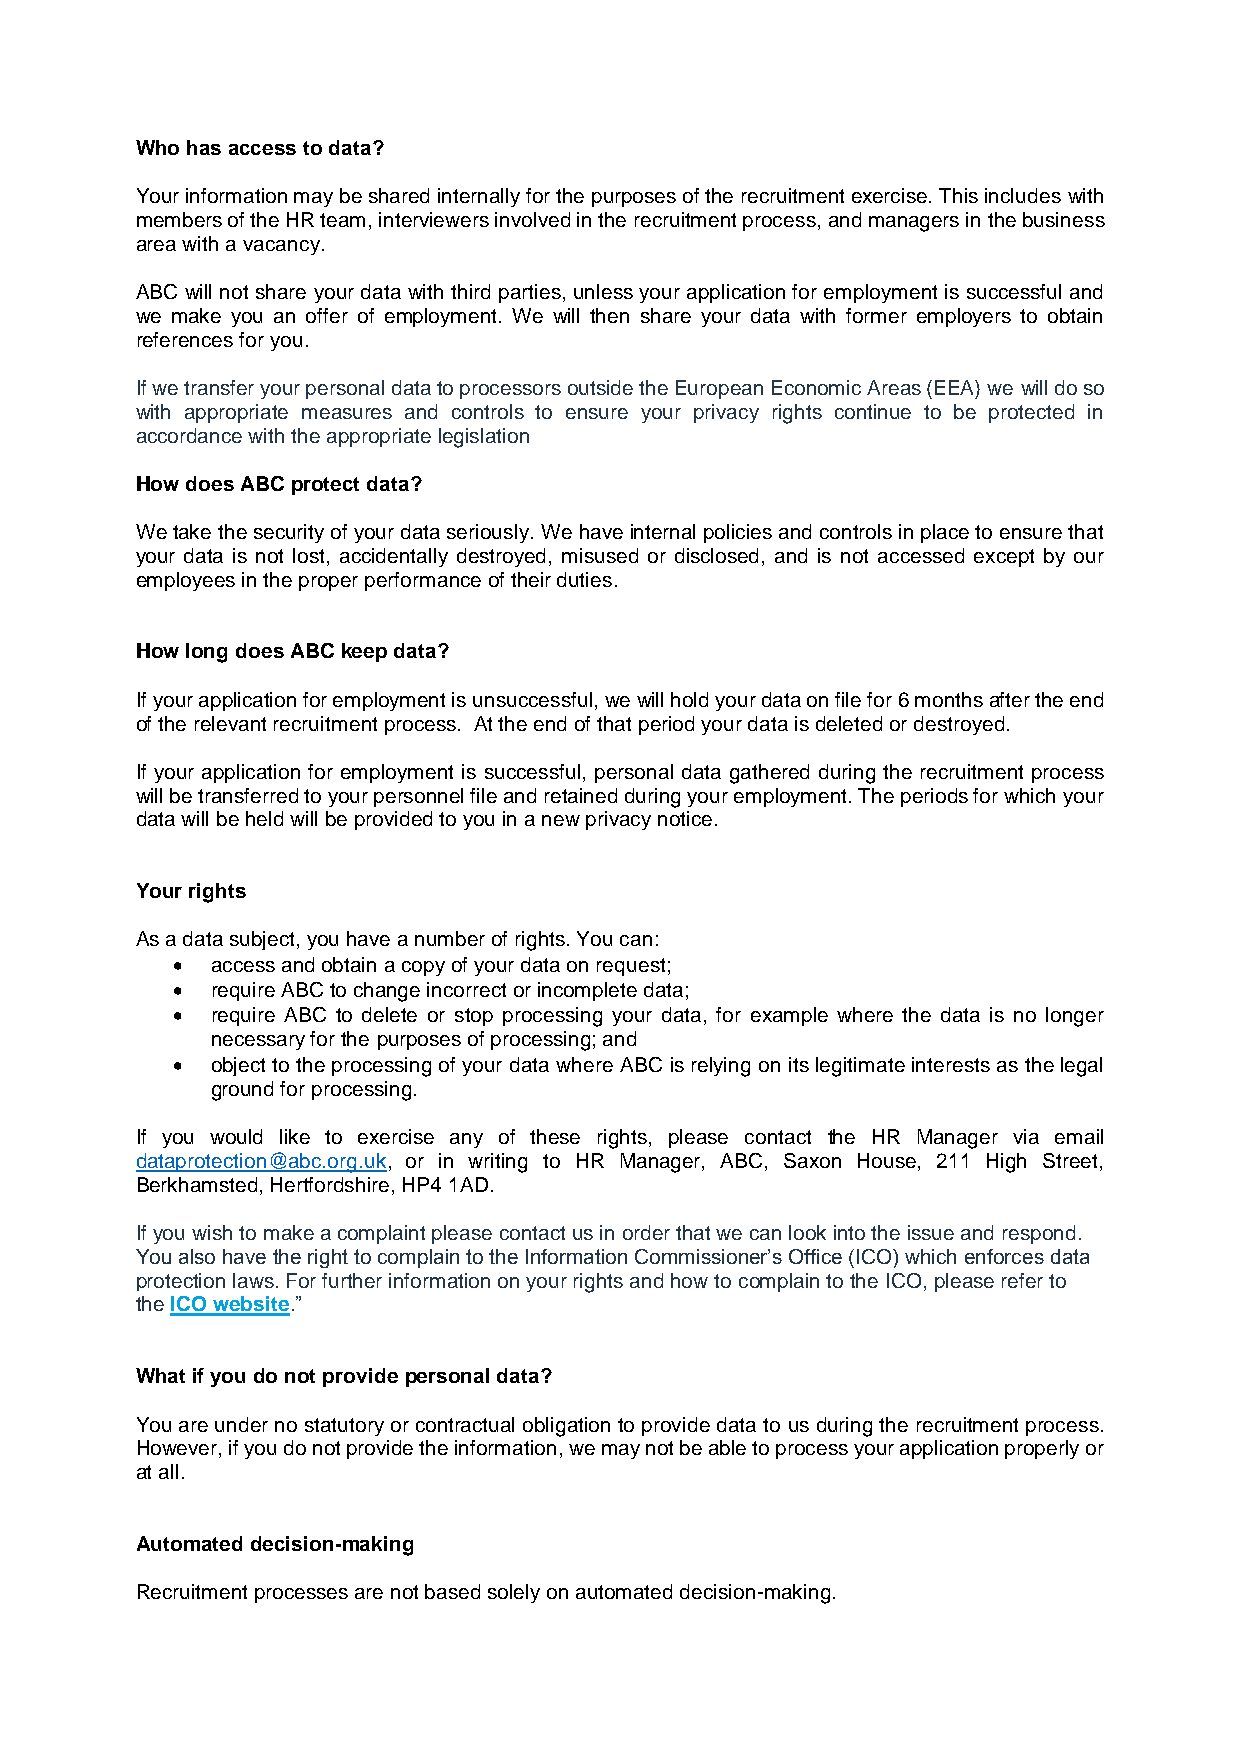
Who has access to data?
 Your information may be shared internally for the purposes of the recruitment exercise. This includes with
 members of the HR team, interviewers involved in the recruitment process, and managers in the business
 area with a vacancy.
 ABC will not share your data with third parties, unless your application for employment is successful and
 we make you an offer of employment. We will then share your data with former employers to obtain
 references for you.
 If we transfer your personal data to processors outside the European Economic Areas (EEA) we will do so
 with appropriate measures and controls to ensure your privacy rights continue to be protected in
 accordance with the appropriate legislation
 How does ABC protect data?
 We take the security of your data seriously. We have internal policies and controls in place to ensure that
 your data is not lost, accidentally destroyed, misused or disclosed, and is not accessed except by our
 employees in the proper performance of their duties.
 How long does ABC keep data?
 If your application for employment is unsuccessful, we will hold your data on file for 6 months after the end
 of the relevant recruitment process. At the end of that period your data is deleted or destroyed.
 If your application for employment is successful, personal data gathered during the recruitment process
 will be transferred to your personnel file and retained during your employment. The periods for which your
 data will be held will be provided to you in a new privacy notice.
 Your rights
 As a data subject, you have a number of rights. You can:
   access and obtain a copy of your data on request;
   require ABC to change incorrect or incomplete data;
   require ABC to delete or stop processing your data, for example where the data is no longer
 necessary for the purposes of processing; and
   object to the processing of your data where ABC is relying on its legitimate interests as the legal
 ground for processing.
 If you would like to exercise any of these rights, please contact the HR Manager via email
 dataprotection@abc.org.uk, or in writing to HR Manager, ABC, Saxon House, 211 High Street,
 Berkhamsted, Hertfordshire, HP4 1AD.
 If you wish to make a complaint please contact us in order that we can look into the issue and respond.
 You also have the right to complain to the Information Commissioner’s Office (ICO) which enforces data
 protection laws. For further information on your rights and how to complain to the ICO, please refer to
 the ICO website.”
 What if you do not provide personal data?
 You are under no statutory or contractual obligation to provide data to us during the recruitment process.
 However, if you do not provide the information, we may not be able to process your application properly or
 at all.
 Automated decision-making
 Recruitment processes are not based solely on automated decision-making.